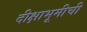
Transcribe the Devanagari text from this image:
दीक्षाभूमीची